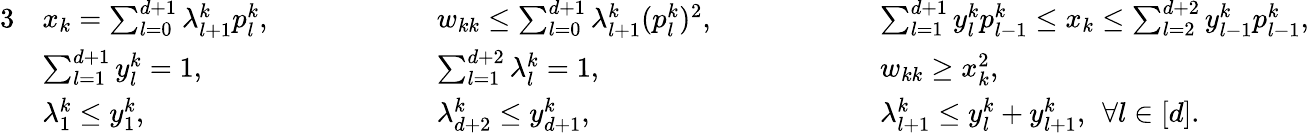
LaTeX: \begin{array}{rlrlrl}{{3}}&{x_{k}=\sum_{l=0}^{d+1}\lambda_{l+1}^{k}p_{l}^{k},\qquad\qquad}&&{w_{kk}\leq\sum_{l=0}^{d+1}\lambda_{l+1}^{k}(p_{l}^{k})^{2},\qquad\qquad}&&{\sum_{l=1}^{d+1}y_{l}^{k}p_{l-1}^{k}\leq x_{k}\leq\sum_{l=2}^{d+2}y_{l-1}^{k}p_{l-1}^{k},}\\ &{\sum_{l=1}^{d+1}y_{l}^{k}=1,}&&{\sum_{l=1}^{d+2}\lambda_{l}^{k}=1,}&&{w_{kk}\geq x_{k}^{2},}\\ &{\lambda_{1}^{k}\leq y_{1}^{k},}&&{\lambda_{d+2}^{k}\leq y_{d+1}^{k},}&&{\lambda_{l+1}^{k}\leq y_{l}^{k}+y_{l+1}^{k},\: \: \forall l\in[d].}\end{array}